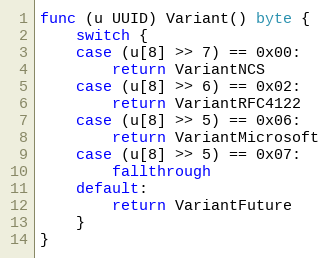
Language: Go
func (u UUID) Variant() byte {
	switch {
	case (u[8] >> 7) == 0x00:
		return VariantNCS
	case (u[8] >> 6) == 0x02:
		return VariantRFC4122
	case (u[8] >> 5) == 0x06:
		return VariantMicrosoft
	case (u[8] >> 5) == 0x07:
		fallthrough
	default:
		return VariantFuture
	}
}